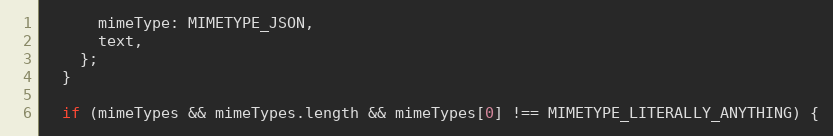
Language: JavaScript
      mimeType: MIMETYPE_JSON,
      text,
    };
  }

  if (mimeTypes && mimeTypes.length && mimeTypes[0] !== MIMETYPE_LITERALLY_ANYTHING) {